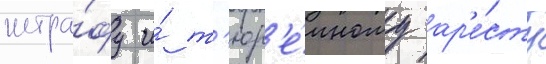
штра́фу и́ т'юр'е́мному ар'е́сту